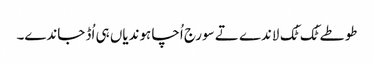
طوطے ٹُک ٹُک لاندے تے سورج اُچا ہوندیاں ہی اُڈ جاندے۔